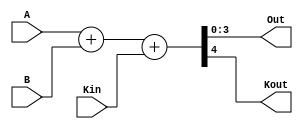
module ttl7483(Out, Kout, A, B, Kin);
    output [3:0] Out;
    output Kout;
    input [3:0] A;
    input [3:0] B;
    input Kin;

    // Motorola 74LS83
    // C0->C4 propagation #(0:15:22)
    assign #(0:16:24) {Kout,Out} = A + B + Kin;
endmodule